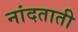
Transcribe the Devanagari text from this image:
नांदताती